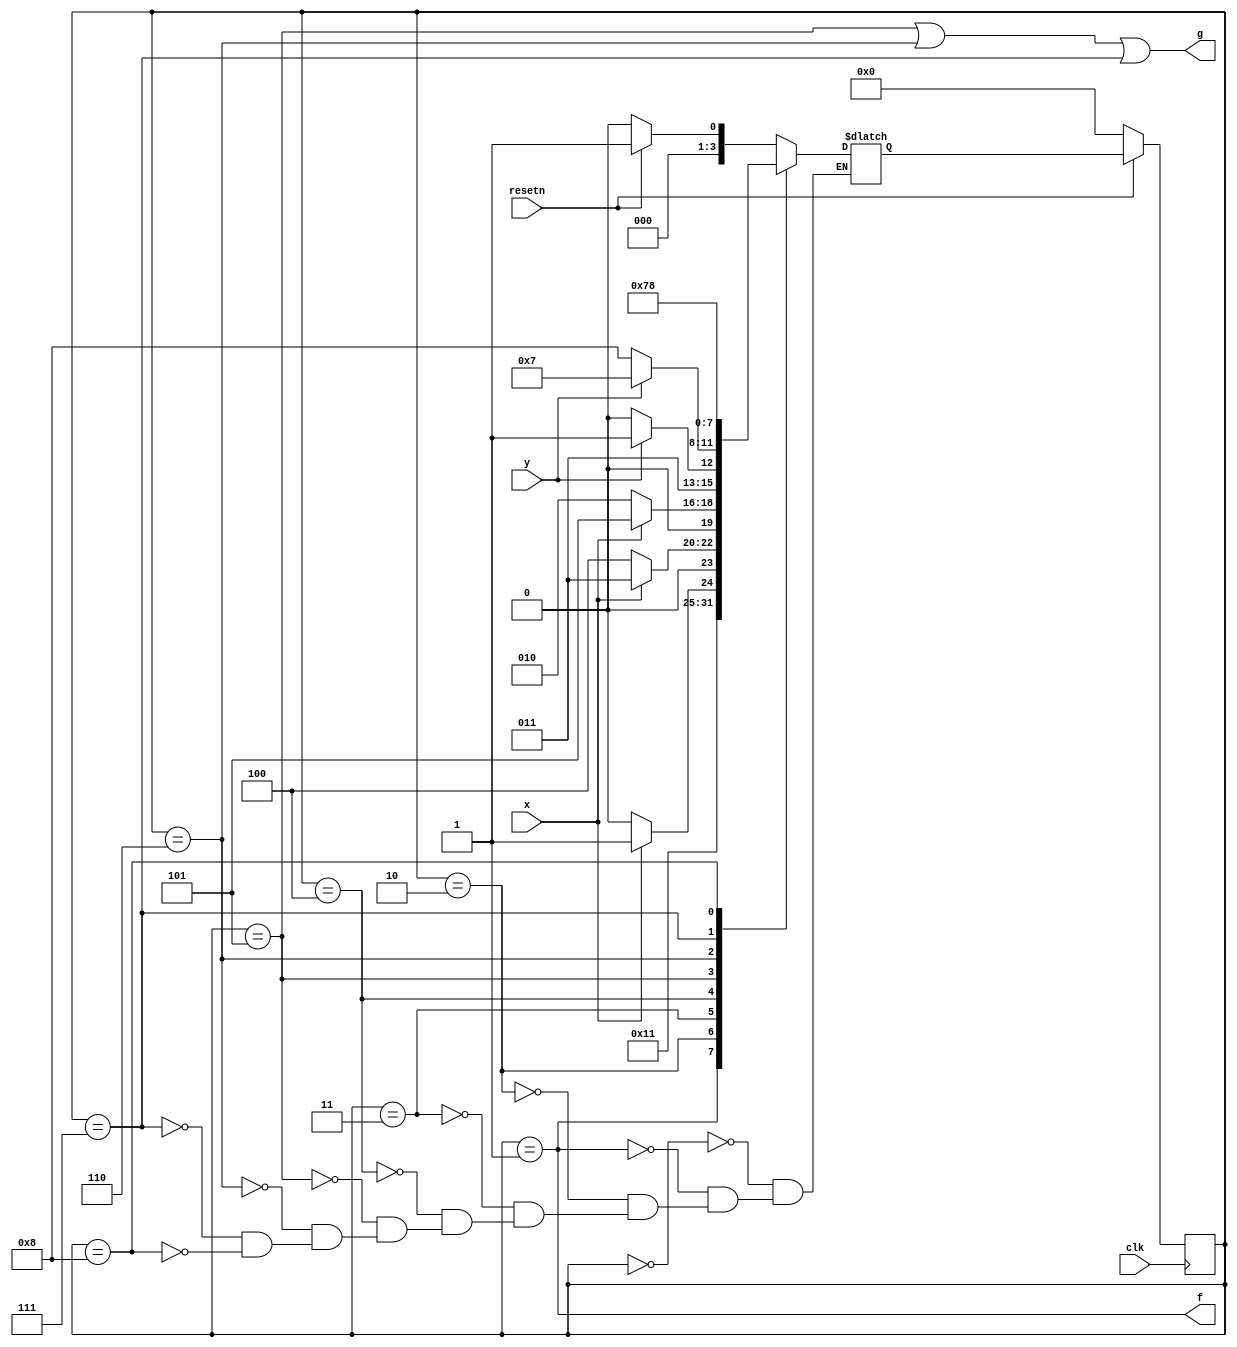
module top_module (
    input clk,
    input resetn,    // active-low synchronous reset
    input x,
    input y,
    output f,
    output g
); 

    parameter IDLE=0, RST=1, MONX1=2, MONX2=3, MONX3=4, MONY1=5, MONY2=6, STOP1=7, STOP0=8;
    
    reg [3:0] state, next_state;
    
    always @(posedge clk) begin
        if (~resetn) state <= IDLE;
        else state <= next_state;
    end
    
    always @(*) begin
        case (state)
            IDLE: next_state = resetn ? RST : IDLE;
            RST : next_state = MONX1;
            MONX1: next_state = x ? MONX2 : MONX1;
            MONX2: next_state = x ? MONX2 : MONX3;
            MONX3: next_state = x ? MONY1 : MONX1;
            MONY1: next_state = y ? STOP1 : MONY2;
            MONY2: next_state = y ? STOP1 : STOP0;
            STOP1: next_state = STOP1;
            STOP0: next_state = STOP0;
        endcase
    end
    
    assign f = state == RST;
    assign g = state == MONY1 || state == MONY2 || state == STOP1;
endmodule